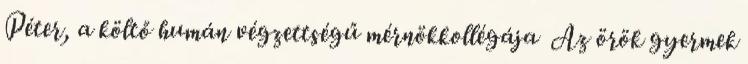
Péter, a költő humán végzettségű mérnökkollégája Az örök gyermek